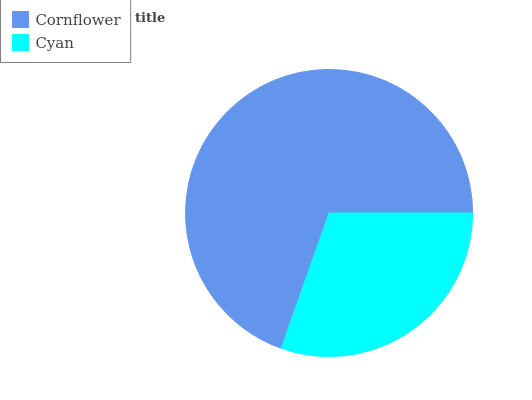
| Cornflower | Cyan |
 | --- | --- |
 | 69.6% | 30.4% |